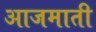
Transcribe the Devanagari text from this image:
आजमाती